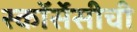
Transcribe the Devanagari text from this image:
स्कॉर्सेसीची